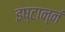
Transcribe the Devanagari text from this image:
इष्टान्नं